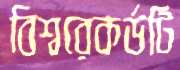
বিশ্বরেকর্ডটি